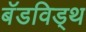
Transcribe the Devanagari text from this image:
बॅडविड्थ